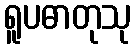
ရူပဓာတုသု